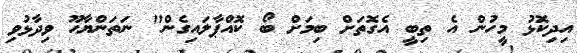
އިދިކޮޅު މީހުން އެ ތިބީ އެގޮތަށް ބިމަށް ބޯ ކޮއްޕާލައިގެން" ނަތަންޔާހޫ ވިދާޅުވި